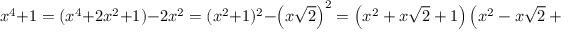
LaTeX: x ^ { 4 } + 1 = ( x ^ { 4 } + 2 x ^ { 2 } + 1 ) - 2 x ^ { 2 } = ( x ^ { 2 } + 1 ) ^ { 2 } - \left( x { \sqrt { 2 } } \right) ^ { 2 } = \left( x ^ { 2 } + x { \sqrt { 2 } } + 1 \right) \left( x ^ { 2 } - x { \sqrt { 2 } } + 1 \right) .